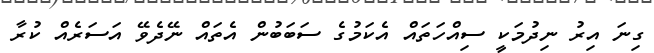
ގިނަ އިރު ނިދުމަކީ ސިއްހަތައް އެކަމުގެ ސަބަބުން އެތައް ނޭދެވޭ އަސަރެއް ކުރާ